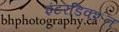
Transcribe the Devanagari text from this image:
इंटरडिक्शंन